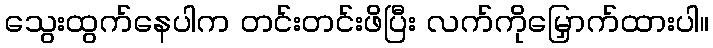
သွေးထွက်နေပါက တင်းတင်းဖိပြီး လက်ကိုမြှောက်ထားပါ။